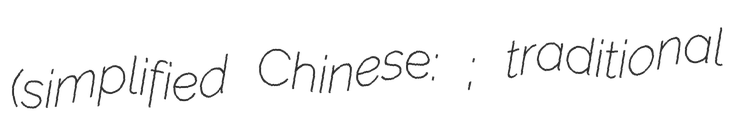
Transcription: (simplified Chinese: 孽镜台; traditional